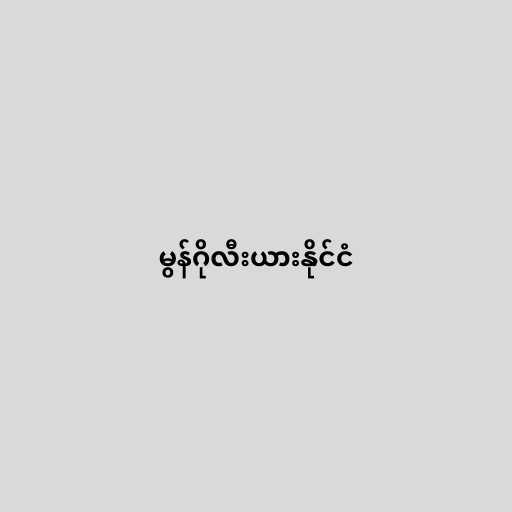
မွန်ဂိုလီးယားနိုင်ငံ